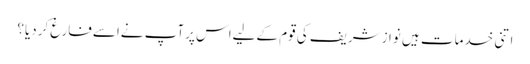
اتنی خدمات ہیں نوازشریف کی قوم کےلیےاس پرآپ نےاسےفارغ کردیا؟